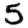
Digit: 5